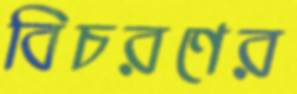
বিচরণের